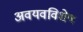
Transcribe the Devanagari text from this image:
अवयवविशेष